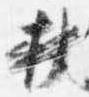
杖